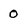
Character: 0